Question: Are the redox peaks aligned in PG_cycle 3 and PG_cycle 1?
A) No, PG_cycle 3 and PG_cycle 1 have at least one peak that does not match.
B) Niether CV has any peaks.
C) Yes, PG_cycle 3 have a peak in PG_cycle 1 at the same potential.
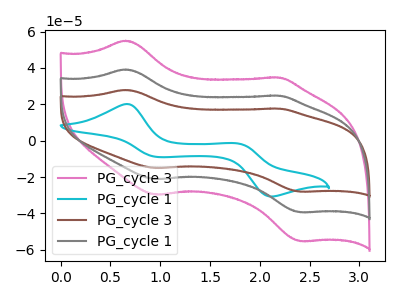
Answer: <think>The pink curve "PG_cycle 3" has anodic peaks at (0.65V, 78.35uA) (2.20V, 49.50uA) and cathodic peaks at (0.95V, -42.30uA) (2.40V, -78.70uA). The cyan curve "PG_cycle 1" has anodic peaks at (0.65V, 20.15uA) (1.80V, -1.55uA) and cathodic peaks at (0.95V, -8.95uA) (2.10V, -30.70uA). The brown curve "PG_cycle 3" has anodic peaks at (0.65V, 27.90uA) (2.20V, 17.60uA) and cathodic peaks at (0.95V, -15.05uA) (2.40V, -28.05uA). The gray curve "PG_cycle 1" has anodic peaks at (0.65V, 39.20uA) (2.20V, 24.75uA) and cathodic peaks at (0.95V, -21.15uA) (2.40V, -39.35uA).</think>
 <answer>C) Yes, "PG_cycle 3" have a peak in "PG_cycle 1" at the same potential.</answer>
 <eval>C</eval>